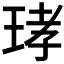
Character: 𤥝